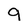
Character: q